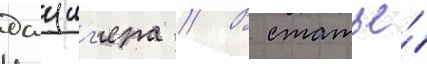
данциг'ера // В статье́